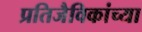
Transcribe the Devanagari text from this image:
प्रतिजैविकांच्या